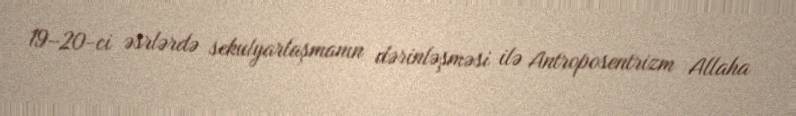
19–20-ci əsrlərdə sekulyarlaşmanın dərinləşməsi ilə Antroposentrizm Allaha